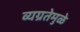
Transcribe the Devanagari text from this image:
व्यग्रतेमुळे